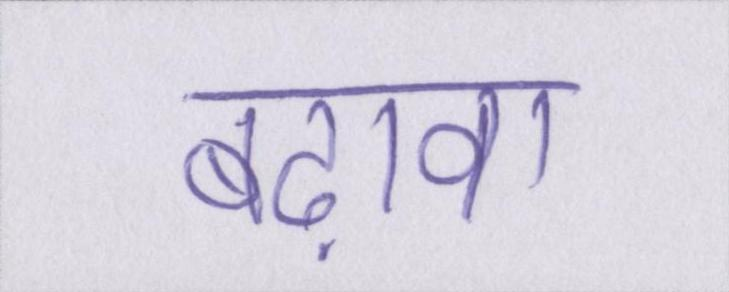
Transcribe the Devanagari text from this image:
बढ़ावा